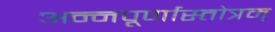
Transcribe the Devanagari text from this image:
अन्नपूर्णास्तोत्रम्